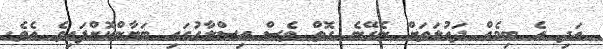
އަދި އެ ބިމެއް ދައުލަތަށް ނެގޭނެ ގޮތް ވެސް އިސްލާހުގައި ބަޔާންކޮށްފައިވެ އެވެ.